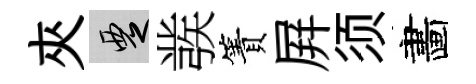
夾覂彂簀屛须畵